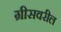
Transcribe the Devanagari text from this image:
ग्रीसवरील